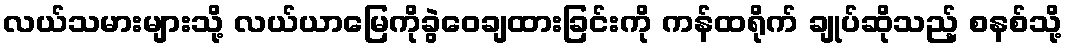
လယ်သမားများသို့ လယ်ယာမြေကိုခွဲဝေချထားခြင်းကို ကန်ထရိုက် ချုပ်ဆိုသည့် စနစ်သို့